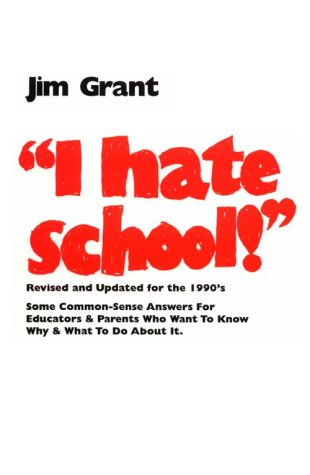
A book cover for I Hate School!: Some Commonsense Answers for Parents Who Wonder Why; Jim Grant; Parenting & Relationships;